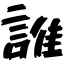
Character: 誰